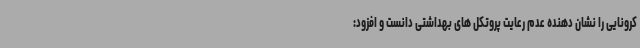
کرونایی را نشان دهنده عدم رعایت پروتکل های بهداشتی دانست و افزود: